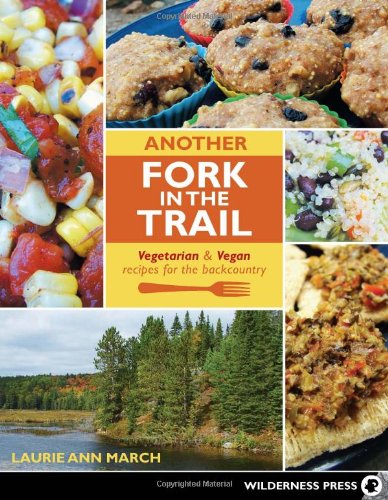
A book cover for Another Fork in the Trail: Vegetarian and Vegan Recipes for the Backcountry; Laurie Ann March; Cookbooks, Food & Wine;